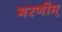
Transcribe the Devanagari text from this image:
भरणीम्